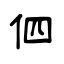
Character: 伵